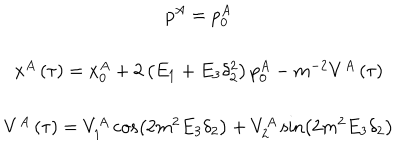
LaTeX: \begin{array} { c } { { p ^ { A } = p _ { 0 } ^ { A } } } \\ { { x ^ { A } \left( \tau \right) = x _ { 0 } ^ { A } + 2 \left( E _ { 1 } + E _ { 3 } \delta _ { 2 } ^ { 2 } \right) p _ { 0 } ^ { A } - m ^ { - 2 } V ^ { A } \left( \tau \right) } } \\ { { V ^ { A } \left( \tau \right) = V _ { 1 } ^ { A } \cos \left( 2 m ^ { 2 } E _ { 3 } \delta _ { 2 } \right) + V _ { 2 } ^ { A } \sin \left( 2 m ^ { 2 } E _ { 3 } \delta _ { 2 } \right) } } \\ \end{array}